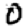
Digit: 0